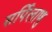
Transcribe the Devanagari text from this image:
सर्पिलाणु